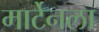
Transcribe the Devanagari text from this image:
मार्टेनला